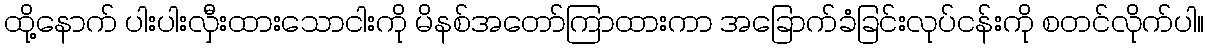
ထို့နောက် ပါးပါးလှီးထားသောငါးကို မိနစ်အတော်ကြာထားကာ အခြောက်ခံခြင်းလုပ်ငန်းကို စတင်လိုက်ပါ။